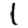
Digit: 1